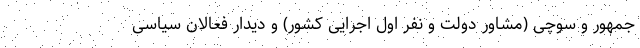
جمهور و سوچی (مشاور دولت و نفر اول اجرایی کشور) و دیدار فعالان سیاسی